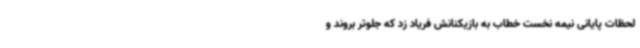
لحظات پایانی نیمه نخست خطاب به بازیکنانش فریاد زد که جلوتر بروند و